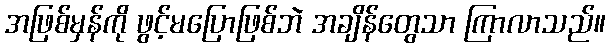
အဖြစ်မှန်ကို ဖွင့်မပြောဖြစ်ဘဲ အချိန်တွေသာ ကြာလာသည်။